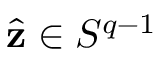
{ \hat { \mathbf { z } } } \in S ^ { q - 1 }